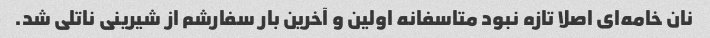
نان خامه‌ای اصلا تازه نبود متاسفانه اولین و آخرین بار سفارشم از شیرینی ناتلی شد.